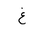
Letter: _gayn